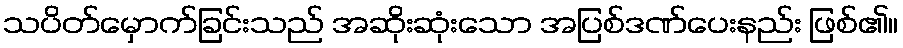
သပိတ်မှောက်ခြင်းသည် အဆိုးဆုံးသော အပြစ်ဒဏ်ပေးနည်း ဖြစ်၏။